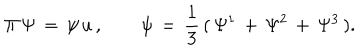
\Pi \, \Psi \, = \, \psi \, u \, , \qquad \psi \, = \, { \frac { 1 } { 3 } } \, ( \, \Psi ^ { 1 } \, + \, \Psi ^ { 2 } \, + \, \Psi ^ { 3 } \, ) .